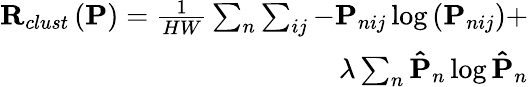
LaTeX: \begin{array}{r}{\mathbf{R}_{clust}\left(\mathbf{P}\right)=\frac{1}{HW}\sum_{n}\sum_{ij}-\mathbf{P}_{nij}\log\left(\mathbf{P}_{nij}\right)+}\\ {\lambda\sum_{n}\mathbf{\hat{P}}_{n}\log\mathbf{\hat{P}}_{n}}\end{array}